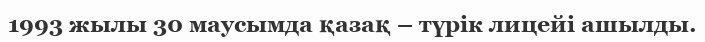
1993 жылы 30 маусымда қазақ – түрік лицейі ашылды.